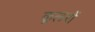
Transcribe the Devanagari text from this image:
कूलरों